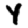
Digit: 4